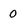
Character: 0